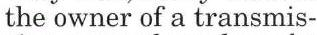
the owner of a transmis-